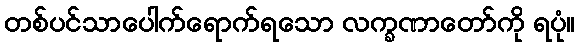
တစ်ပင်သာပေါက်ရောက်ရသော လက္ခဏာတော်ကို ရပုံ။